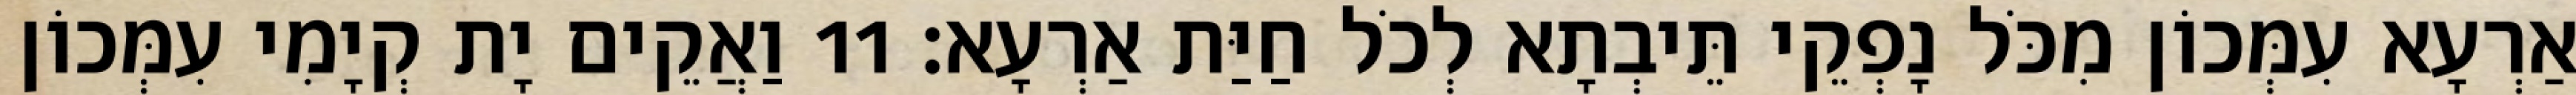
אַרְעָא עִמְּכוֹן מִכֹּל נָפְקֵי תֵּיבְתָא לְכֹל חַיַּת אַרְעָא׃ 11 וַאֲקֵים יָת קְיָמִי עִמְּכוֹן